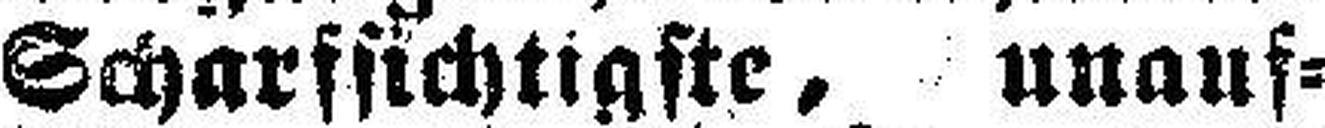
Scharfsichtigste, unauf¬